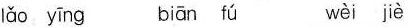
lǎo yīng biān fú wèi jiè